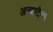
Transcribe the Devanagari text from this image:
अल्बरटैन्स